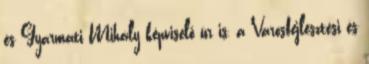
és Gyarmati Mihály képviselő úr is, a Városfejlesztési és